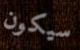
سيكون